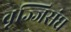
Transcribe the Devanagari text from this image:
वृज्जिसंघ